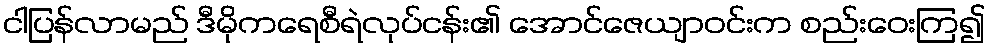
ငါပြန်လာမည် ဒီမိုကရေစီရဲလုပ်ငန်း၏ အောင်ဇေယျာဝင်းက စည်းဝေးကြ၍